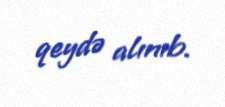
qeydə alınıb.